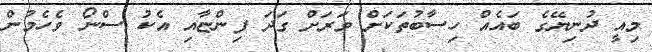
މިއީ ދުނިޔޭގެ ބައެއް ހިސާބުތަކަށް ވަރަށް ގަދަ ފިންޏާއި އެކު ސްނޯ ވެހެމުން